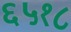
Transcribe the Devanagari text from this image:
६५१८